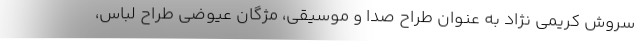
سروش کریمی نژاد به عنوان طراح صدا و موسیقی، مژگان عیوضی طراح لباس،